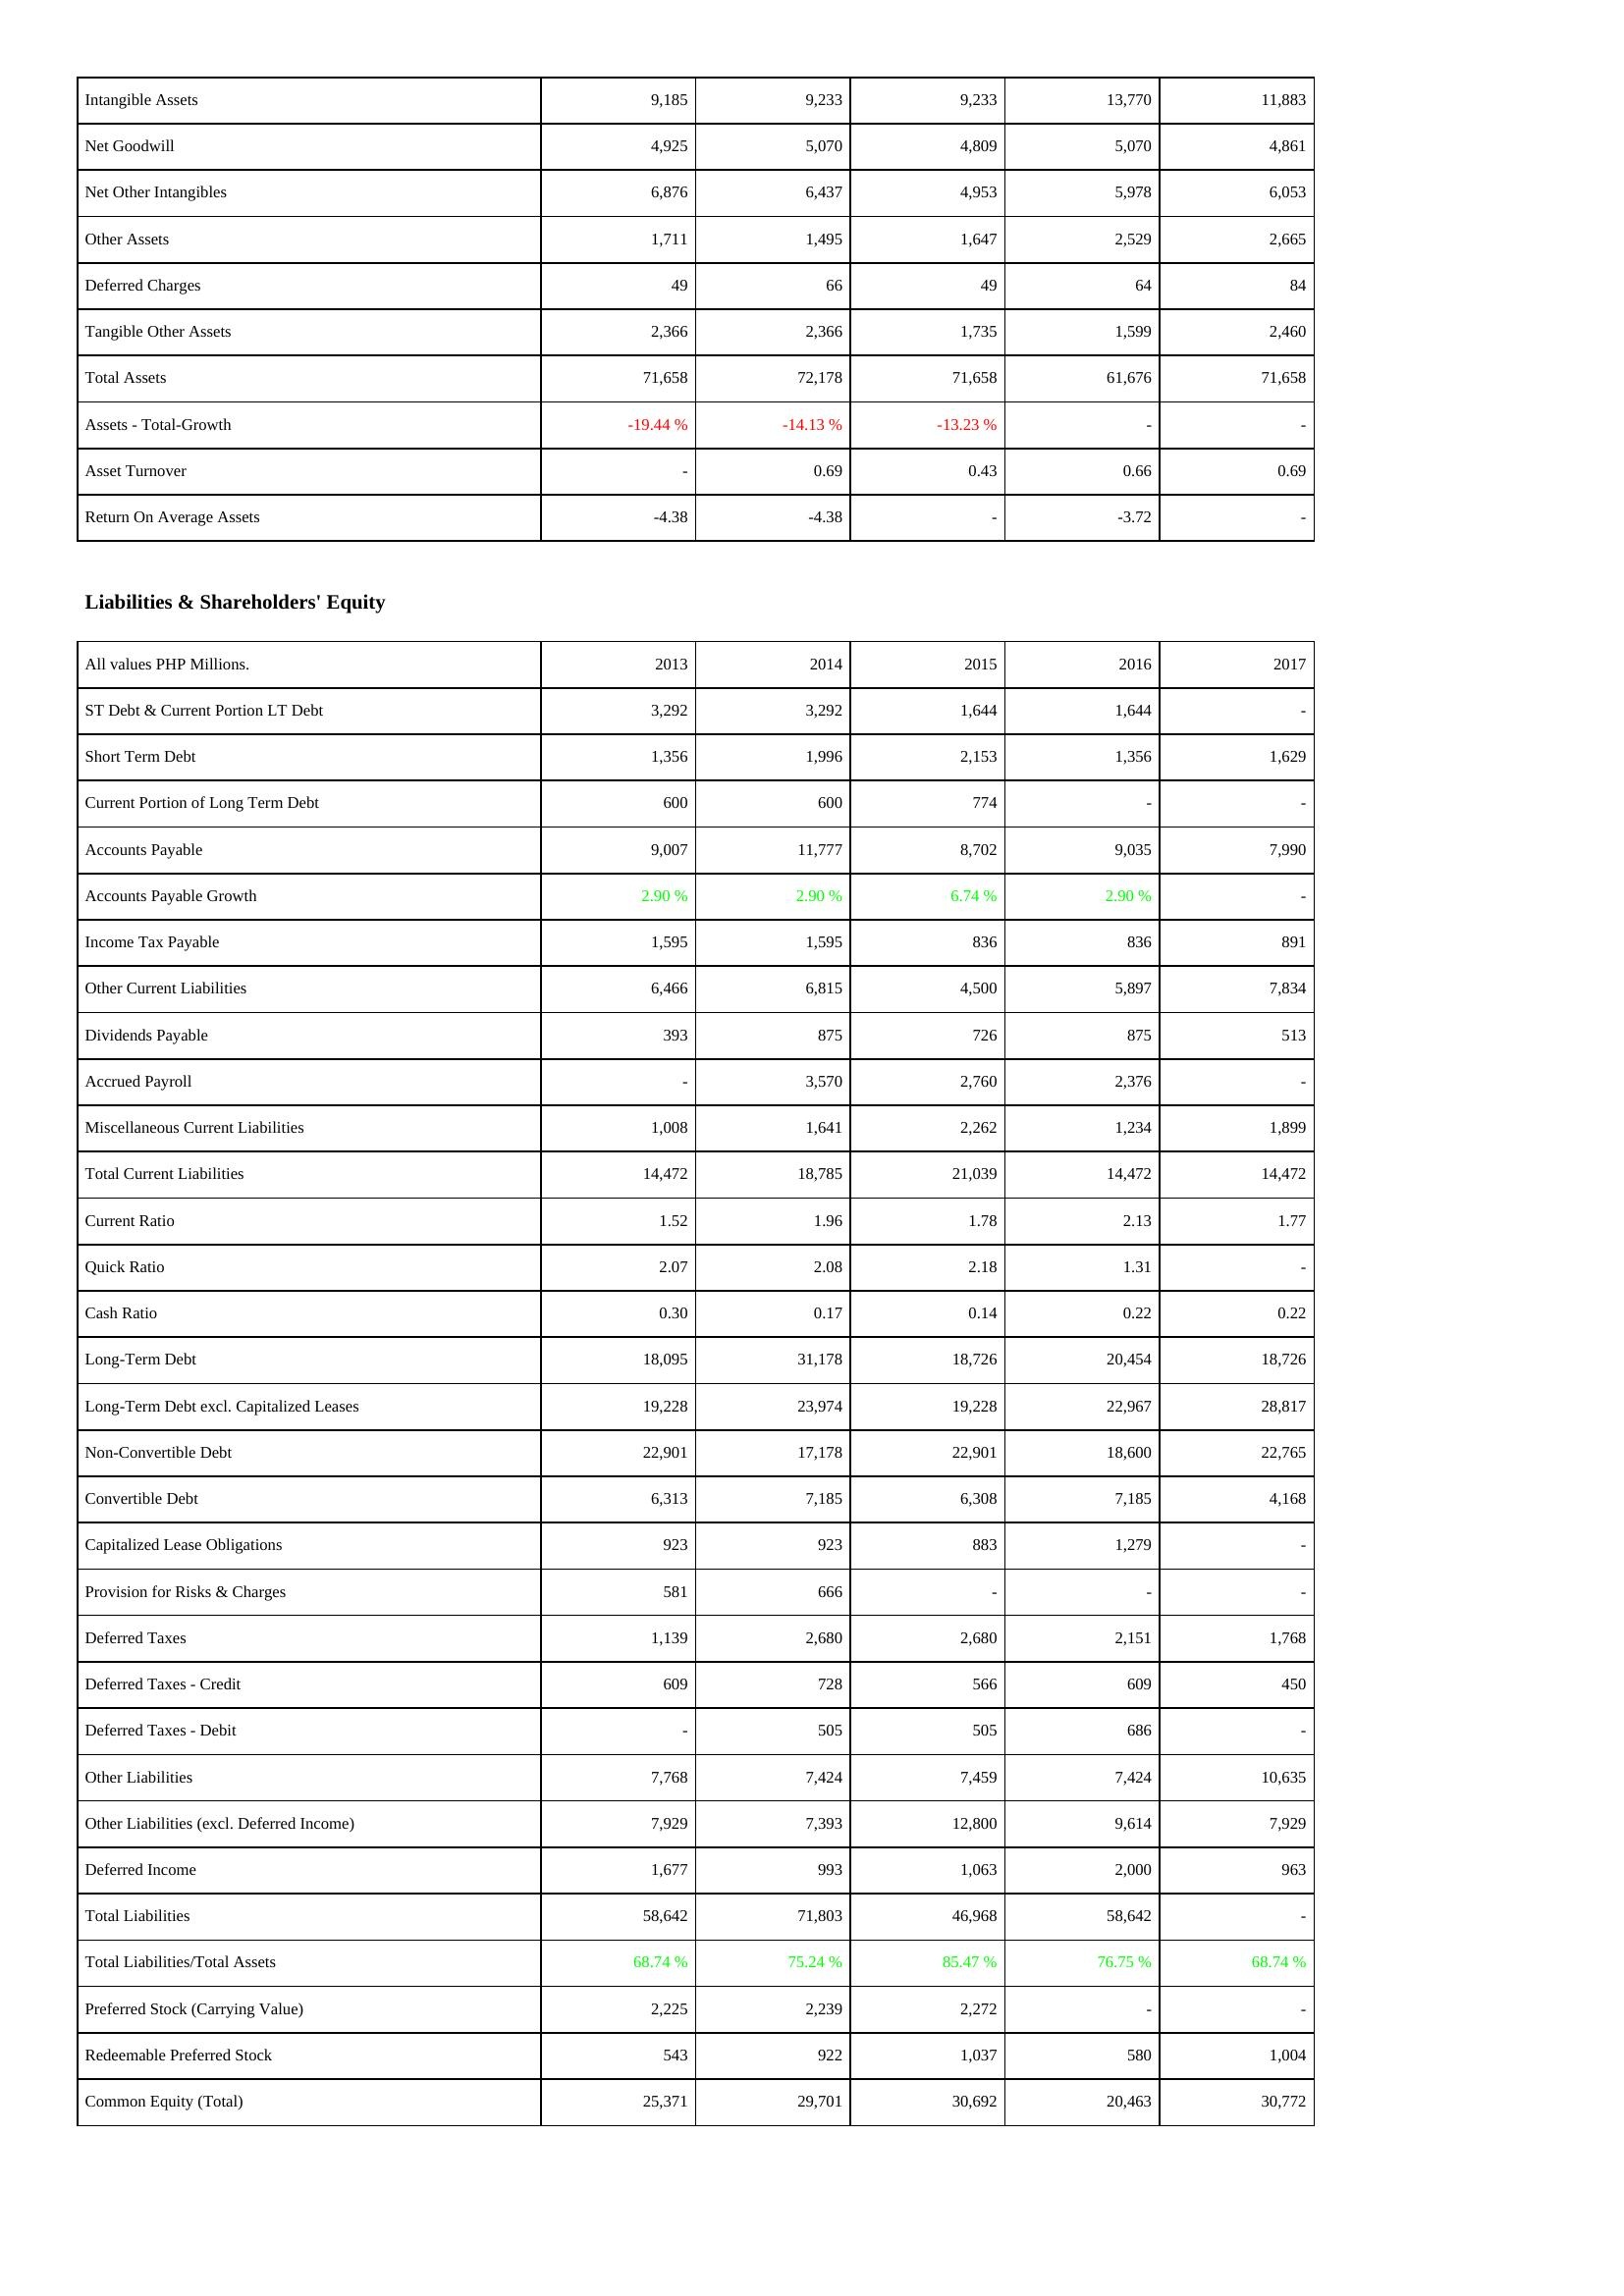
2013: Assets: Intangible Assets: 9,185
Net Goodwill: 4,925
Net Other Intangibles: 6,876
Other Assets: 1,711
Deferred Charges: 49
Tangible Other Assets: 2,366
Total Assets: 71,658
Assets - Total-Growth: -19.44 %
Asset Turnover: -
Return On Average Assets: -4.38
Liabilities & Shareholders' Equity: ST Debt & Current Portion LT Debt: 3,292
Short Term Debt: 1,356
Current Portion of Long Term Debt: 600
Accounts Payable: 9,007
Accounts Payable Growth: 2.90 %
Income Tax Payable: 1,595
Other Current Liabilities: 6,466
Dividends Payable: 393
Accrued Payroll: -
Miscellaneous Current Liabilities: 1,008
Total Current Liabilities: 14,472
Current Ratio: 1.52
Quick Ratio: 2.07
Cash Ratio: 0.30
Long-Term Debt: 18,095
Long-Term Debt excl. Capitalized Leases: 19,228
Non-Convertible Debt: 22,901
Convertible Debt: 6,313
Capitalized Lease Obligations: 923
Provision for Risks & Charges: 581
Deferred Taxes: 1,139
Deferred Taxes - Credit: 609
Deferred Taxes - Debit: -
Other Liabilities: 7,768
Other Liabilities (excl. Deferred Income): 7,929
Deferred Income: 1,677
Total Liabilities: 58,642
Total Liabilities/Total Assets: 68.74 %
Preferred Stock (Carrying Value): 2,225
Redeemable Preferred Stock: 543
Common Equity (Total): 25,371
2014: Assets: Intangible Assets: 9,233
Net Goodwill: 5,070
Net Other Intangibles: 6,437
Other Assets: 1,495
Deferred Charges: 66
Tangible Other Assets: 2,366
Total Assets: 72,178
Assets - Total-Growth: -14.13 %
Asset Turnover: 0.69
Return On Average Assets: -4.38
Liabilities & Shareholders' Equity: ST Debt & Current Portion LT Debt: 3,292
Short Term Debt: 1,996
Current Portion of Long Term Debt: 600
Accounts Payable: 11,777
Accounts Payable Growth: 2.90 %
Income Tax Payable: 1,595
Other Current Liabilities: 6,815
Dividends Payable: 875
Accrued Payroll: 3,570
Miscellaneous Current Liabilities: 1,641
Total Current Liabilities: 18,785
Current Ratio: 1.96
Quick Ratio: 2.08
Cash Ratio: 0.17
Long-Term Debt: 31,178
Long-Term Debt excl. Capitalized Leases: 23,974
Non-Convertible Debt: 17,178
Convertible Debt: 7,185
Capitalized Lease Obligations: 923
Provision for Risks & Charges: 666
Deferred Taxes: 2,680
Deferred Taxes - Credit: 728
Deferred Taxes - Debit: 505
Other Liabilities: 7,424
Other Liabilities (excl. Deferred Income): 7,393
Deferred Income: 993
Total Liabilities: 71,803
Total Liabilities/Total Assets: 75.24 %
Preferred Stock (Carrying Value): 2,239
Redeemable Preferred Stock: 922
Common Equity (Total): 29,701
2015: Assets: Intangible Assets: 9,233
Net Goodwill: 4,809
Net Other Intangibles: 4,953
Other Assets: 1,647
Deferred Charges: 49
Tangible Other Assets: 1,735
Total Assets: 71,658
Assets - Total-Growth: -13.23 %
Asset Turnover: 0.43
Return On Average Assets: -
Liabilities & Shareholders' Equity: ST Debt & Current Portion LT Debt: 1,644
Short Term Debt: 2,153
Current Portion of Long Term Debt: 774
Accounts Payable: 8,702
Accounts Payable Growth: 6.74 %
Income Tax Payable: 836
Other Current Liabilities: 4,500
Dividends Payable: 726
Accrued Payroll: 2,760
Miscellaneous Current Liabilities: 2,262
Total Current Liabilities: 21,039
Current Ratio: 1.78
Quick Ratio: 2.18
Cash Ratio: 0.14
Long-Term Debt: 18,726
Long-Term Debt excl. Capitalized Leases: 19,228
Non-Convertible Debt: 22,901
Convertible Debt: 6,308
Capitalized Lease Obligations: 883
Provision for Risks & Charges: -
Deferred Taxes: 2,680
Deferred Taxes - Credit: 566
Deferred Taxes - Debit: 505
Other Liabilities: 7,459
Other Liabilities (excl. Deferred Income): 12,800
Deferred Income: 1,063
Total Liabilities: 46,968
Total Liabilities/Total Assets: 85.47 %
Preferred Stock (Carrying Value): 2,272
Redeemable Preferred Stock: 1,037
Common Equity (Total): 30,692
2016: Assets: Intangible Assets: 13,770
Net Goodwill: 5,070
Net Other Intangibles: 5,978
Other Assets: 2,529
Deferred Charges: 64
Tangible Other Assets: 1,599
Total Assets: 61,676
Assets - Total-Growth: -
Asset Turnover: 0.66
Return On Average Assets: -3.72
Liabilities & Shareholders' Equity: ST Debt & Current Portion LT Debt: 1,644
Short Term Debt: 1,356
Current Portion of Long Term Debt: -
Accounts Payable: 9,035
Accounts Payable Growth: 2.90 %
Income Tax Payable: 836
Other Current Liabilities: 5,897
Dividends Payable: 875
Accrued Payroll: 2,376
Miscellaneous Current Liabilities: 1,234
Total Current Liabilities: 14,472
Current Ratio: 2.13
Quick Ratio: 1.31
Cash Ratio: 0.22
Long-Term Debt: 20,454
Long-Term Debt excl. Capitalized Leases: 22,967
Non-Convertible Debt: 18,600
Convertible Debt: 7,185
Capitalized Lease Obligations: 1,279
Provision for Risks & Charges: -
Deferred Taxes: 2,151
Deferred Taxes - Credit: 609
Deferred Taxes - Debit: 686
Other Liabilities: 7,424
Other Liabilities (excl. Deferred Income): 9,614
Deferred Income: 2,000
Total Liabilities: 58,642
Total Liabilities/Total Assets: 76.75 %
Preferred Stock (Carrying Value): -
Redeemable Preferred Stock: 580
Common Equity (Total): 20,463
2017: Assets: Intangible Assets: 11,883
Net Goodwill: 4,861
Net Other Intangibles: 6,053
Other Assets: 2,665
Deferred Charges: 84
Tangible Other Assets: 2,460
Total Assets: 71,658
Assets - Total-Growth: -
Asset Turnover: 0.69
Return On Average Assets: -
Liabilities & Shareholders' Equity: ST Debt & Current Portion LT Debt: -
Short Term Debt: 1,629
Current Portion of Long Term Debt: -
Accounts Payable: 7,990
Accounts Payable Growth: -
Income Tax Payable: 891
Other Current Liabilities: 7,834
Dividends Payable: 513
Accrued Payroll: -
Miscellaneous Current Liabilities: 1,899
Total Current Liabilities: 14,472
Current Ratio: 1.77
Quick Ratio: -
Cash Ratio: 0.22
Long-Term Debt: 18,726
Long-Term Debt excl. Capitalized Leases: 28,817
Non-Convertible Debt: 22,765
Convertible Debt: 4,168
Capitalized Lease Obligations: -
Provision for Risks & Charges: -
Deferred Taxes: 1,768
Deferred Taxes - Credit: 450
Deferred Taxes - Debit: -
Other Liabilities: 10,635
Other Liabilities (excl. Deferred Income): 7,929
Deferred Income: 963
Total Liabilities: -
Total Liabilities/Total Assets: 68.74 %
Preferred Stock (Carrying Value): -
Redeemable Preferred Stock: 1,004
Common Equity (Total): 30,772